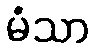
မံသာ